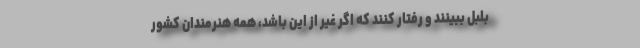
بلبل ببینند و رفتار کنند که اگر غیر از این باشد، همهٔ هنرمندان کشور